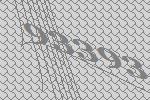
93393